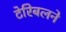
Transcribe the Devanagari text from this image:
टेरिबलने